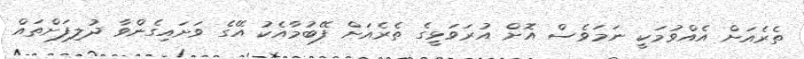
ތެރެއަށް އެއްވުމަކީ ނަމަވެސް އޮށް އުރަވަޅީގެ ތެރެއަށް ފޭބުމާއެކު އޭގެ ވަށައިގެންވާ ދުލިފަށްތައް